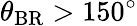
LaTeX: \theta_{\mathrm{BR}}>150^{\circ}